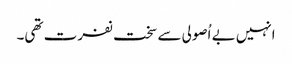
انہیں بے اُصولی سے سخت نفرت تھی۔